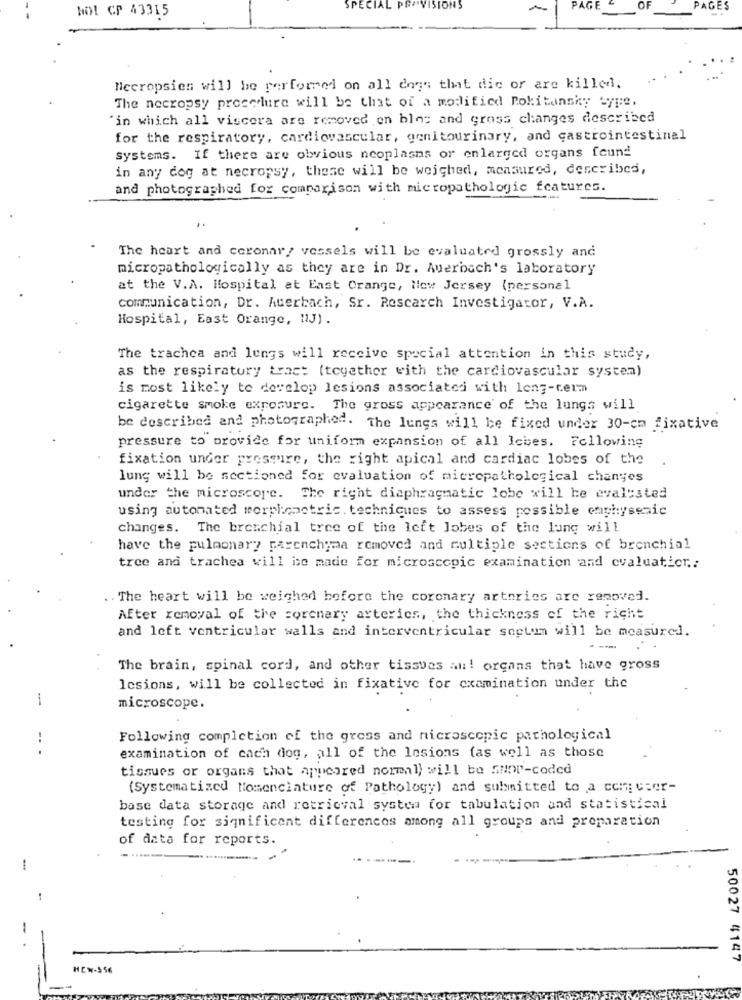
SPECIAL
PROVISIONS
PAGE
OF
PAGES
NO! CP 43315
necropsies will be performed on all dogs that die or are killed.
The nocropsy procolure will be that of a modified Politannky type.
"in which all viscera are removed en bloc and gross changes described
for the respiratory, cardiovascular, genitourinary, and gastrointestinal
systems. If there are obvious neoplasms or enlarged organs feund
in any dog at necropsy, these will be weighed, measured, described,
and photographed for comparison with micropathologic features.
..
The heart and coronary vessels will be evaluated grossly and
micropathologically as they are in Dr. Auerbach's laboratory
at the V.A. Hospital at East Orange, New Jersey (personal
communication, Dr. Auerbach, Sr. Rescarch Investigator, V.A.
Hospital, East Orange, NJ).
The trachea and lungs will receive special attention in this study,
as the respiratory tract (together with the cardiovascular system)
is most likely to develop lesions associated with long-term
cigarette smoke exposure. The gross appearance of the lungs will
be described and photographed. The lungs will be fixed under 30-cm fixative
pressure to provide for uniform expansion of all Icbes. Following
fixation under pressure, the right apical and cardiac lobes of the
lung will be sectioned for evaluation of micropathological changes
under the microscore. The right diaphragmatic lobe will be evaluated
using automated morpionctric. techniques to assess possible cnphysenic
changes. The bronchial tree of the left lobes of the lung will
have the pulmonar? parenchyma removed and multiple sections of bronchial
tree and trachea will iso made for microscopic examination and evaluatier .:
. . The heart will be weighed before the coronary arteries are removed.
After removal of the coronary arteries, the thickness of the right
and left ventricular walls and interventricular soetum will be measured.
The brain, spinal cord, and other tissues an! organs that have gross
lcsions, will be collected in fixative for examination under the
-
microscope.
Following completion of the gress and microscopic pathological
.. .
examination of cach dog, all of the lesions (as well as those
tissues or organs that appeared normal) will be SHOP-coded
(Systematized Nomenclature of Pathology) and submitted to a computer-
base data storage and retrieval system for tabulation and statistical
testing for significant differences among all groups and preparation
of data for reports.
1
-
50027 4147
HEN-SSE
-